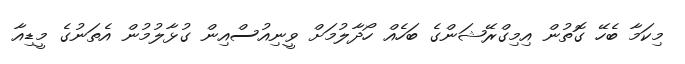
މިކަމާ ބެހޭ ގޮތުން އިމިގްރޭޝަންގެ ބަހެއް ހޯދާލުމަށް ވީނިއުސްއިން ގުޅާލުމުން އެތަނުގެ މީޑިއާ